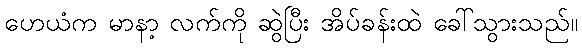
ဟေယံက မာနာ့ လက်ကို ဆွဲပြီး အိပ်ခန်းထဲ ခေါ်သွားသည်။